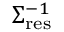
\Sigma _ { \mathrm { r e s } } ^ { - 1 }